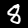
Label: 8